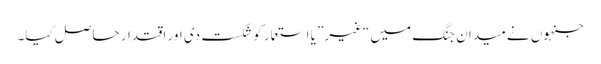
جنہوں نے میدان جنگ میں “غیر” یا استعمار کو شکست دی اور اقتدار حاصل کیا۔